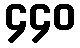
၄၄၀